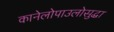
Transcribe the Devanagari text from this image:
कानेलोपाउलोसुद्धा